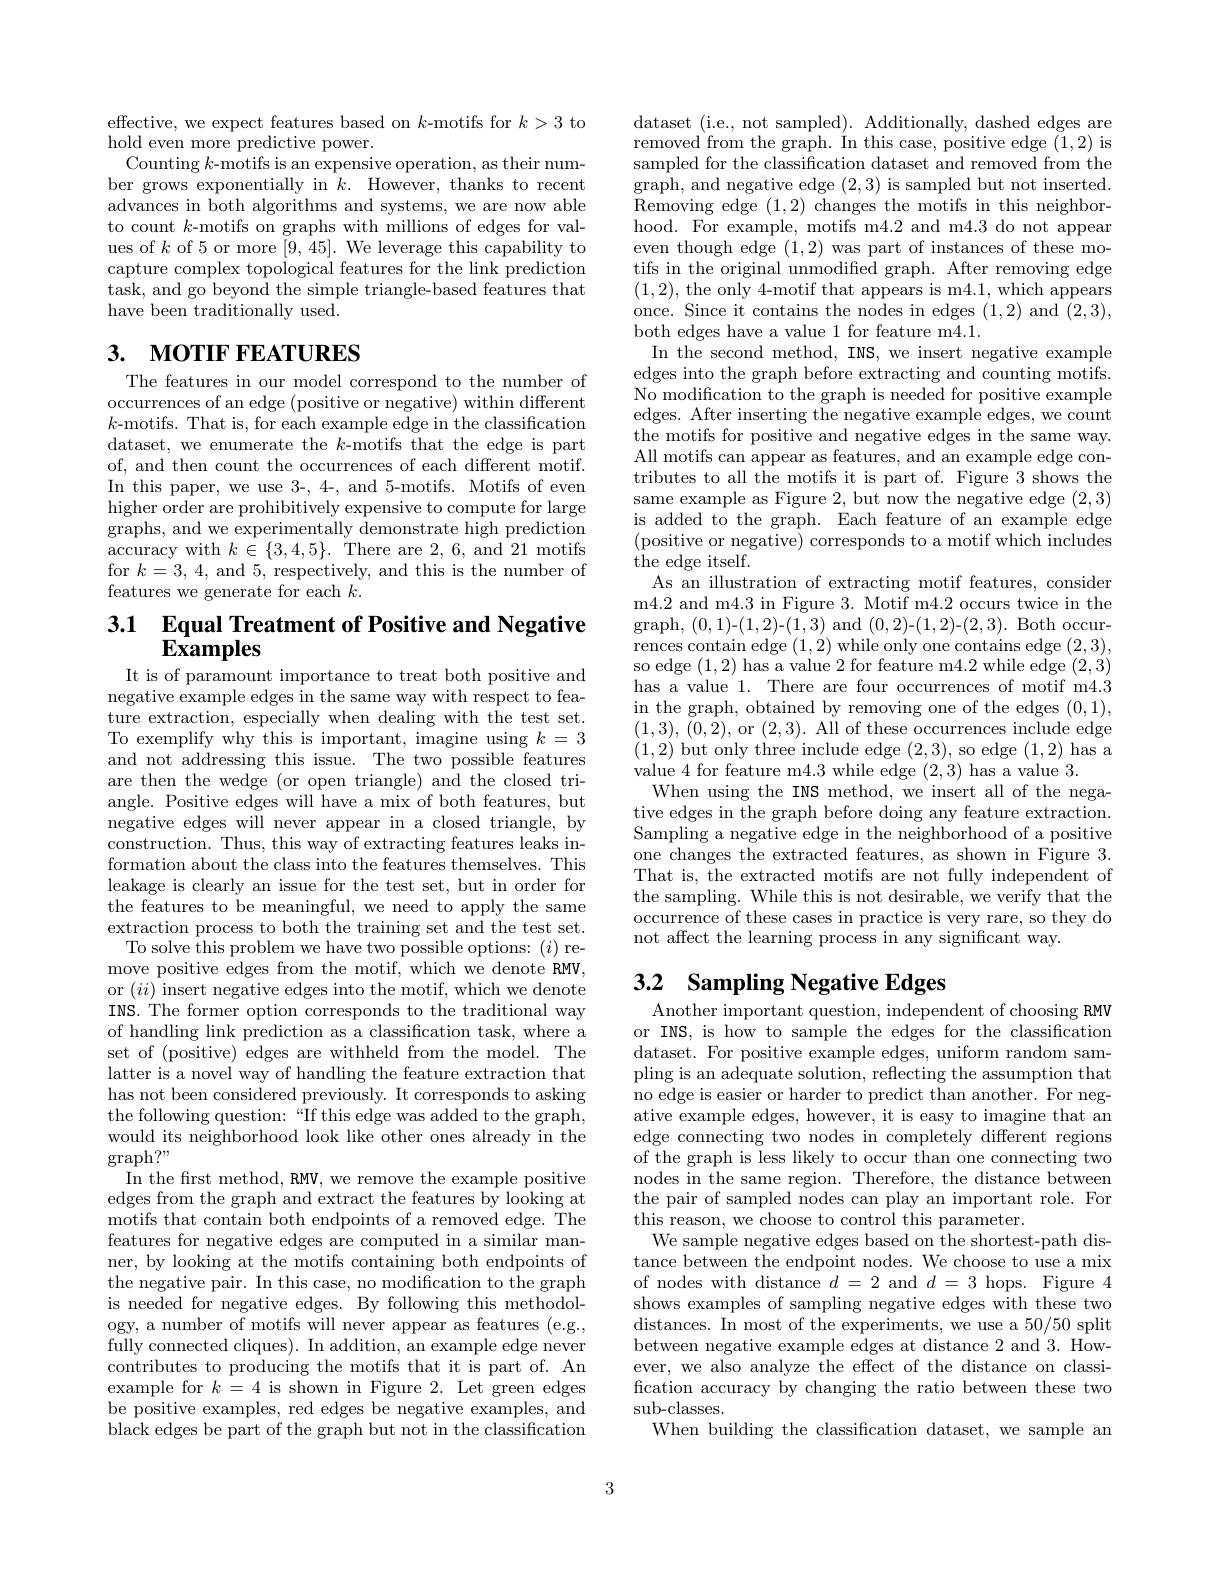
effective, we expect features based on $k$-motifs for $k>3$ to
hold even more predictive power.
Counting $k$-motifs is an expensive operation, as their number grows exponentially in $k.$ However, thanks to recent advances in both algorithms and systems, we are now able to count $k$-motifs on graphs with millions of edges for values of $k$ of 5 or more [9,45]. We leverage this capability to capture complex topological features for the link prediction task, and go beyond the simple triangle-based features that have been traditionally used.

# 3. мотIF FEATURES

The features in our model correspond to the number of occurrences of an edge (positive or negative) within different $k{\mathrm{-motifs.~That~is,~for~each~example~edge~in~the~classification}}$ dataset, we enumerate the $k$-motifs that the edge is part of, and then count the occurrences of each different motif. In this paper, we use 3-, 4-, and 5-motifs. Motifs of even higher order are prohibitively expensive to compute for large graphs, and we experimentally demonstrate high prediction accuracy with $k\in\{3,4,5\}.$ There are 2,6, and 21 motifs for $k=3,4$, and 5, respectively, and this is the number of features we generate for each $k.$

## 3.1 Equal Treatment of Positive and Negative $\bar{\mathbf{Examples}}$

It is of paramount importance to treat both positive and negative example edges in the same way with respect to feature extraction, especially when dealing with the test set. To exemplify why this is important, imagine using $k=3$ and not addressing this issue. The two possible features are then the wedge (or open triangle) and the closed triangle. Positive edges will have a mix of both features, but negative edges will never appear in a closed triangle, by construction. Thus, this way of extracting features leaks information about the class into the features themselves. This leakage is clearly an issue for the test set, but in order for the features to be meaningful, we need to apply the same extraction process to both the training set and the test set.
To solve this problem we have two possible options: ($i)$ remove positive edges from the motif, which we denote RMV, or $(ii)$ insert negative edges into the motif, which we denote INS. The former option corresponds to the traditional way of handling link prediction as a classification task, where a set of (positive) edges are withheld from the model. The latter is a novel way of handling the feature extraction that has not been considered previously. It corresponds to asking the following question:“If this edge was added to the graph, would its neighborhood look like other ones already in the $\operatorname*{graph?"}_{-}$
In the first method, RMV, we remove the example positive edges from the graph and extract the features by looking at motifs that contain both endpoints of a removed edge. The features for negative edges are computed in a similar manner, by looking at the motifs containing both endpoints of the negative pair. In this case, no modification to the graph is needed for negative edges. By following this methodolfully connected cliques). In addition, an example edge never contributes to producing the motifs that it is part of. An example for $k=4$ is shown in Figure 2. Let green edges be positive examples, red edges be negative examples, and $\hat{\text{black edges be part of the graph but not in the classification}}$

dataset (i.e., not sampled). Additionally, dashed edges are removed from the graph. In this case, positive edge $\bar{(1,2)}$ is sampled for the classification dataset and removed from the graph, and negative edge (2,3) is sampled but not inserted. $\begin{array}{lll}{\mathrm{Removing~edge~(1,2)~changes~the~motifs~in~this~neighbor-}}\\{\mathrm{hood.~For~example,~motifs~m4.2~and~m4.3~do~not~appear}}\\{\mathrm{hood.~For~example,~motifs~m4.2~and~m4.3~do~not~appear}}\end{array}$ even though edge (1,2) was part of instances of these motifs in the original unmodified graph. After removing edge (1,2), the only 4-motif that appears is m4.1,which appears once. Since it contains the nodes in edges (1,2) and (2,3), both edges have a value 1 for feature m4.1.
In the second method, INS, we insert negative example edges into the graph before extracting and counting motifs. No modification to the graph is needed for positive example edges. After inserting the negative example edges, we count the motifs for positive and negative edges in the same way. All motifs can appear as features, and an example edge contributes to all the motifs it is part of. Figure 3 shows the same example as Figure 2, but now the negative edge (2,3) is added to the graph. Each feature of an example edge (positive or negative) corresponds to a motif which includes the edge itself.
As an illustration of extracting motif features, consider m4.2 and m4.3 in Figure 3. Motif m4.2 occurs twice in the graph, (0,1)-(1,2)-(1,3) and (0,2)-(1,2)-(2,3). Both occurrences contain edge (1,2) while only one contains edge (2,3), so edge (1,2) has a value 2 for feature m4.2 while edge (2,3) has a value 1. There are four occurrences of motif m4.3 $\begin{array}{ll}{\mathrm{in~the~graph,~obtained~by~removing~one~of~the~edges~}(0,1),}\\{\mathrm{in~the~graph,~obtained~by~removing~one~of~the~edges~}(0,1),}\\{\mathrm{in~the~graph,~obtained~by~remoring~one~of~the~edges~}(0,1),}\end{array}$ (1,3), (0,2), or (2,3). All of these occurrences include edge (1,2) but only three include edge (2,3), so edge (1,2) has a value 4 for feature m4.3 while edge (2,3) has a value 3.
When using the INS method, we insert all of the negative edges in the graph before doing any feature extraction. Sampling a negative edge in the neighborhood of a positive one changes the extracted features, as shown in Figure 3. That is, the extracted motifs are not fully independent of the sampling. While this is not desirable, we verify that the occurrence of these cases in practice is very rare, so they do not affect the learning process in any significant way.
3.2 Sampling Negative Edges

Another important question, independent of choosing RMV or INS, is how to sample the edges for the classification dataset. For positive example edges, uniform random sampling is an adequate solution, reflecting the assumption that no edge is easier or harder to predict than another. For negative example edges, however, it is easy to imagine that an edge connecting two nodes in completely different regions of the graph is less likely to occur than one connecting two nodes in the same region. Therefore, the distance between the pair of sampled nodes can play an important role. For this reason, we choose to control this parameter.
We sample negative edges based on the shortest-path distance between the endpoint nodes. We choose to use a mix of nodes with distance $d=2$ and $d=3$ hops. Figure 4 shows examples of sampling negative edges with these two distances. In most of the experiments, we use a 50/50 split between negative example edges at distance 2 and 3. However, we also analyze the effect of the distance on classification accuracy by changing the ratio between these two $\operatorname{sub-classes}.$
When building the classification dataset, we sample an

3